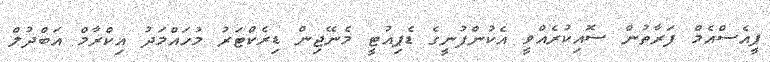
ޕީއެސްއެމް ފަރާތުން ސޮއިކުރެއްވީ އެކުންފުނީގެ ޑެޕިއުޓީ މެނޭޖިން ޑިރެކްޓަރު މުހައްމަދު އިކްރާމް އަބްދުލް